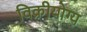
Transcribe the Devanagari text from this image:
विक्रीयोग्य